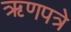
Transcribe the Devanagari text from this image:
ऋणपत्रे